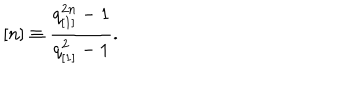
LaTeX: [ n ] \equiv \frac { q _ { [ 1 ] } ^ { 2 n } - 1 } { q _ { [ 1 ] } ^ { 2 } - 1 } .